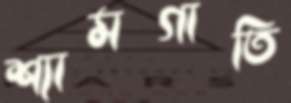
শ্যামগাতি